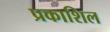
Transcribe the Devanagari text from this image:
प्रकाशिल